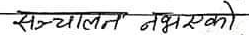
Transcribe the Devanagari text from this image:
सञ्चालन नभएको